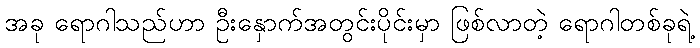
အခု ရောဂါသည်ဟာ ဦးနှောက်အတွင်းပိုင်းမှာ ဖြစ်လာတဲ့ ရောဂါတစ်ခုရဲ့